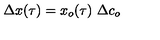
\Delta x ( \tau ) = x _ { o } ( \tau ) \ \Delta c _ { o }